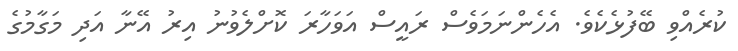
ކުރެއްވި ބޭފުޅެކެވެ. އެހެންނަމަވެސް ރައީސް އަވަހާރަ ކޮށްލެވުނު އިރު އޭނާ އަދި މަގާމުގެ